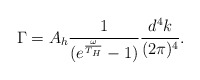
\begin{align*}\Gamma = A_{h} \frac{1}{(e^{\frac{\omega}{T_{H}}} - 1)} \frac{d^{4}k}{(2\pi)^{4}}.\end{align*}